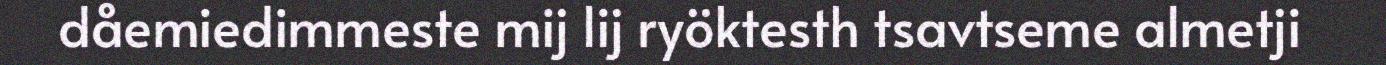
dåemiedimmeste mij lij ryöktesth tsavtseme almetji